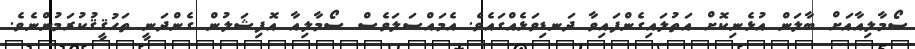
ސޯމާލިއާއަށް ބާލަން އުޅެނިކޮށް އަތުލައިގެންފައިވާ ދަނޑިވަޅެއްގައެވެ. އެމައްސަލަވެސް ސޯމާލިއާ އޮފިޝަލުން ގެންދަނީ ތަހުޤީޤުކުރަމުންނެވެ.